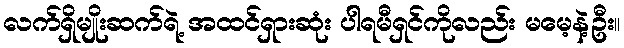
လက်ရှိမျိုးဆက်ရဲ့ အထင်ရှားဆုံး ပါရမီရှင်ကိုလည်း မမေ့နဲ့ဦး။